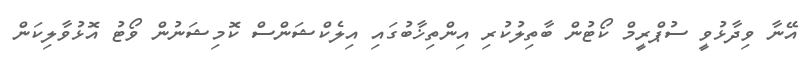
އޭނާ ވިދާޅުވީ ސުޕްރީމް ކޯޓުން ބާތިލުކުރި އިންތިޚާބުގައި އިލެކްޝަންސް ކޮމިޝަނުން ވޯޓު އޮޅުވާލިކަން